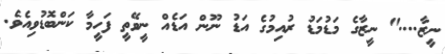
ނީޒާ...." ނީޒާގެ މަޑުމަޑު ރުއިމުގެ އަޑު ނޫން އަޑެއް ނީވޭތީ ފަހީމާ ކަންބޮޑުވިއެވެ.